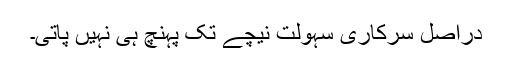
دراصل سرکاری سہولت نیچے تک پہنچ ہی نہیں پاتی۔